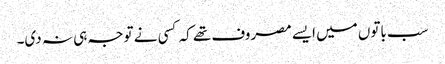
سب باتوں میں ایسے مصروف تھے کہ کسی نے توجہ ہی نہ دی۔